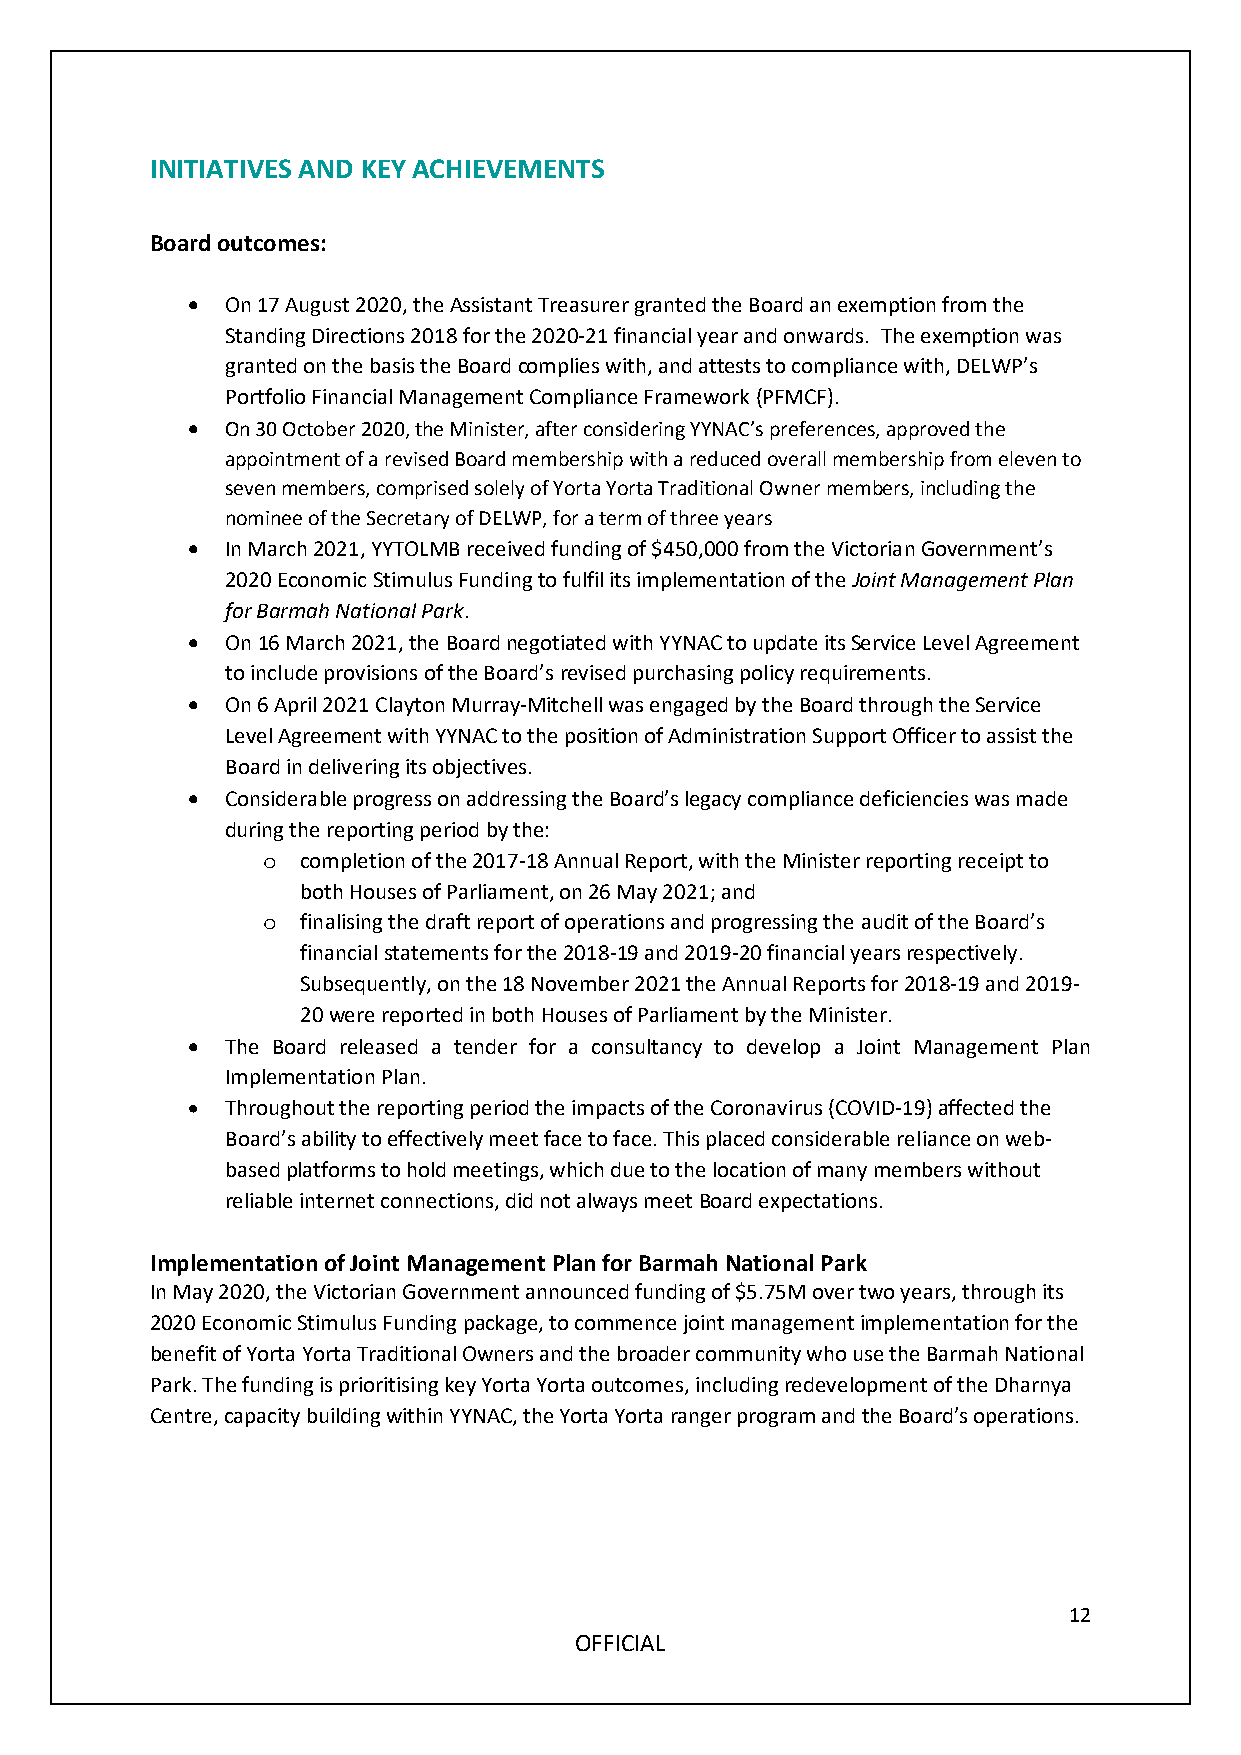
INITIATIVES AND KEY ACHIEVEMENTS
 Board outcomes:
 •  On 17 August 2020, the Assistant Treasurer granted the Board an exemption from the
 Standing Directions 2018 for the 2020-21 financial year and onwards. The exemption was
 granted on the basis the Board complies with, and attests to compliance with, DELWP’s
 Portfolio Financial Management Compliance Framework (PFMCF).
 •  On 30 October 2020, the Minister, after considering YYNAC’s preferences, approved the
 appointment of a revised Board membership with a reduced overall membership from eleven to
 seven members, comprised solely of Yorta Yorta Traditional Owner members, including the
 nominee of the Secretary of DELWP, for a term of three years
 •  In March 2021, YYTOLMB received funding of $450,000 from the Victorian Government’s
 2020 Economic Stimulus Funding to fulfil its implementation of the Joint Management Plan
 for Barmah National Park.
 •  On 16 March 2021, the Board negotiated with YYNAC to update its Service Level Agreement
 to include provisions of the Board’s revised purchasing policy requirements.
 •  On 6 April 2021 Clayton Murray-Mitchell was engaged by the Board through the Service
 Level Agreement with YYNAC to the position of Administration Support Officer to assist the
 Board in delivering its objectives.
 •  Considerable progress on addressing the Board’s legacy compliance deficiencies was made
 during the reporting period by the:
 completion of the 2017-18 Annual Report, with the Minister reporting receipt to
 o
 both Houses of Parliament, on 26 May 2021; and
 finalising the draft report of operations and progressing the audit of the Board’s
 o
 financial statements for the 2018-19 and 2019-20 financial years respectively.
 Subsequently, on the 18 November 2021 the Annual Reports for 2018-19 and 2019-
 20 were reported in both Houses of Parliament by the Minister.
 •  The Board released a tender for a consultancy to develop a Joint Management Plan
 Implementation Plan.
 •  Throughout the reporting period the impacts of the Coronavirus (COVID-19) affected the
 Board’s ability to effectively meet face to face. This placed considerable reliance on web-
 based platforms to hold meetings, which due to the location of many members without
 reliable internet connections, did not always meet Board expectations.
 Implementation of Joint Management Plan for Barmah National Park
 In May 2020, the Victorian Government announced funding of $5.75M over two years, through its
 2020 Economic Stimulus Funding package, to commence joint management implementation for the
 benefit of Yorta Yorta Traditional Owners and the broader community who use the Barmah National
 Park. The funding is prioritising key Yorta Yorta outcomes, including redevelopment of the Dharnya
 Centre, capacity building within YYNAC, the Yorta Yorta ranger program and the Board’s operations.
 12
 OFFICIAL